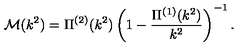
\mathcal { M } ( k ^ { 2 } ) = \Pi ^ { ( 2 ) } ( k ^ { 2 } ) \left( 1 - \frac { \Pi ^ { ( 1 ) } ( k ^ { 2 } ) } { k ^ { 2 } } \right) ^ { - 1 } .